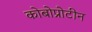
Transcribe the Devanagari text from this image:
कोबोप्रोटीन